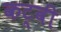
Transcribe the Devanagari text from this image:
कट्वी